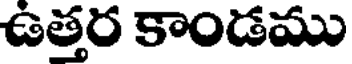
ఉత్తర కాండము